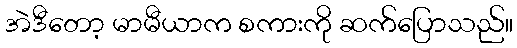
အဲဒီတော့ မာမီယာက စကားကို ဆက်ပြောသည်။